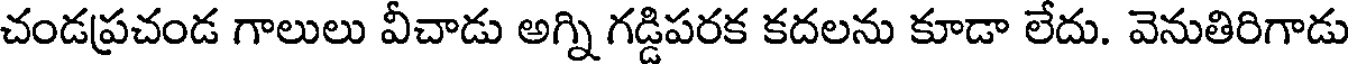
చండప్రచండ గాలులు వీచాడు అగ్ని గడ్డిపరక కదలను కూడా లేదు. వెనుతిరిగాడు